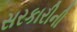
સરકારીની